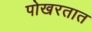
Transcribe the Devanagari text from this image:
पोखरतात